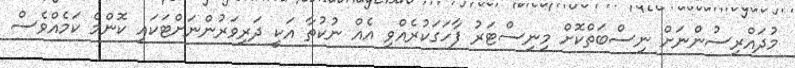
މުދައްރިސުންނަށް ނިސްބަތްކޮށް މިނިސްޓަރު ފާހަގަކުރެއްވި އެއް ނުކުތާ އަކީ ދަރިވަރުންނަށްޓަކައި ކޮންމެ ކަމެއްވެސް